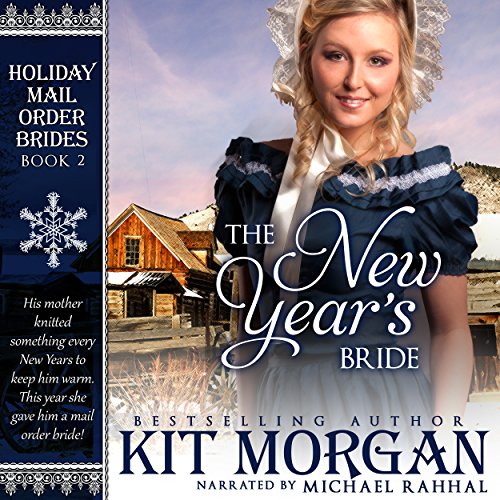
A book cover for The New Year's Bride: Holiday Mail Order Brides, Book Two; Kit Morgan; Christian Books & Bibles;